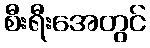
စီးရီးအေတွင်